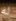
له